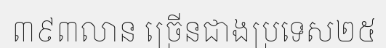
៣៩៣លាន ច្រើនជាងប្រទេស២៥